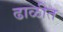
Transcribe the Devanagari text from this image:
ढाळीत